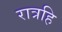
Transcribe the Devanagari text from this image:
रात्रहि